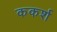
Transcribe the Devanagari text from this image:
ककर्श